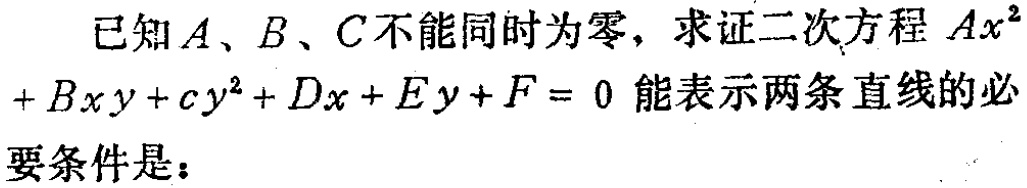
已知\(A、B、C\)不能同时为零，求证二次方程\(Ax^{2}+Bxy + cy^{2}+Dx + Ey+F = 0\)能表示两条直线的必要条件是：